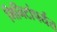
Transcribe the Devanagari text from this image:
मिनिटांपर्यंत